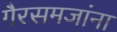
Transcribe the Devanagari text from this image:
गैरसमजांना